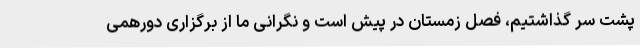
پشت سر گذاشتیم، فصل زمستان در پیش است و نگرانی ما از برگزاری دورهمی